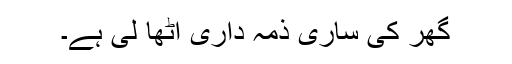
گھر کی ساری ذمہ داری اٹھا لی ہے۔